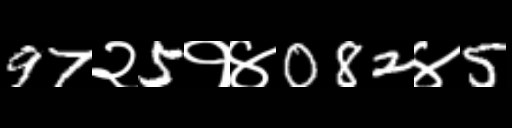
Text: 97२5१४082४5